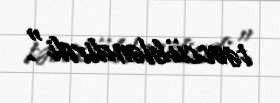
təəccübləndirdi".